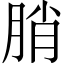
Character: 䏴